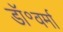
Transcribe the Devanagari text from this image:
डॉ॰वर्मा